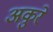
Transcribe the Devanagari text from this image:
अकुरे